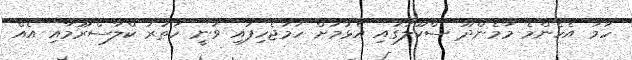
ހަމަ އެހެންމެ މާމެންދޫ ސްކޫލުގައި އެޅުމަށް ހަމަޖެހިފައި ވަނީ ހަތަރު ކްލާސްރޫމާއި އެއް